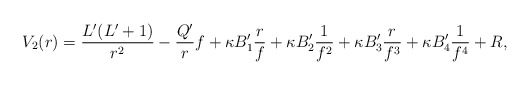
\begin{align*} V_2(r) = \frac{L'(L'+1)}{r^2} - \frac{Q'}{r}f + \kappa B'_1 \frac{r}{f} + \kappa B'_2 \frac{1}{f^2} + \kappa B'_3 \frac{r}{f^3} + \kappa B'_4 \frac{1}{f^4} + R,\end{align*}